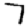
Digit: 7